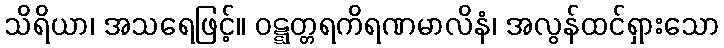
သိရိယာ၊ အသရေဖြင့်။ ဝဋ္ဋတ္တရကိရဏမာလိနံ၊ အလွန်ထင်ရှားသော